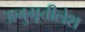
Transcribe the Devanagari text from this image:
अनुभूतीलेश